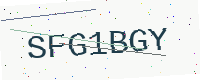
Text: SFG1BGY